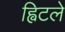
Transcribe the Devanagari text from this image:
ह्विटले